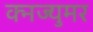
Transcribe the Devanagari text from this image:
क्नज्युमर